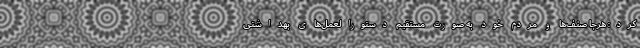
کرد: هرجا صنف‌ها و مردم خود به صورت مستقیم دستورالعمل‌های بهداشتی